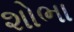
શોભા